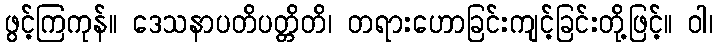
ဖွင့်ကြကုန်။ ဒေသနာပတိပတ္တိတိ၊ တရားဟောခြင်းကျင့်ခြင်းတို့ဖြင့်။ ဝါ၊